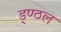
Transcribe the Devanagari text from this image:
ड्ण्ठल